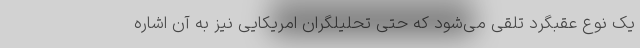
یک نوع عقبگرد تلقی می‌شود که حتی تحلیلگران امریکایی نیز به آن اشاره